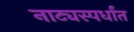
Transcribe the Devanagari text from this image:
नाट्यस्पर्धांत